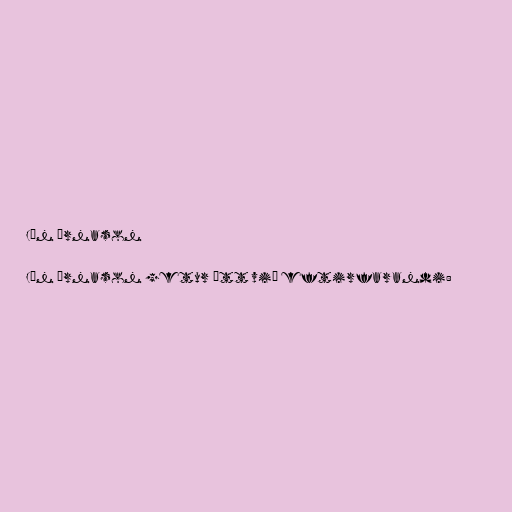
Jón Árnason

Jón Árnason getur átt við eftirfarandi: